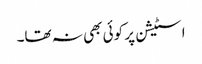
اسٹیشن پر کوئی بھی نہ تھا۔